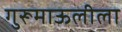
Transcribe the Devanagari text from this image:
गुरूमाऊलीला